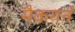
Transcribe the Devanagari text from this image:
मैकगर्न